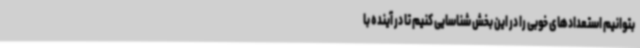
بتوانیم استعدادهای خوبی را در این بخش شناسایی کنیم تا در آینده با